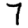
Digit: 7